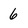
Character: 6